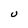
Character: U